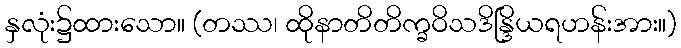
နှလုံး၌ထားသော။ (တဿ၊ ထိုနာတိတိက္ခဝိသဒိန္ဒြိယရဟန်းအား။)